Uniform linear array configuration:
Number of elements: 12
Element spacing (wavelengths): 0.75
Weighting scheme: binomial
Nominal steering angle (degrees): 45
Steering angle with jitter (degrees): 46.587
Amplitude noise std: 0.05
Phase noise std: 0.05

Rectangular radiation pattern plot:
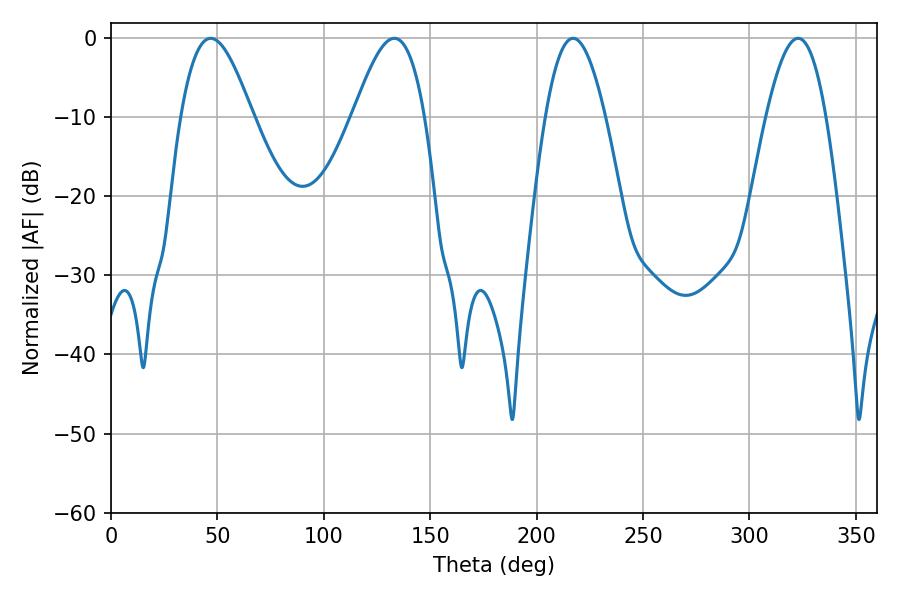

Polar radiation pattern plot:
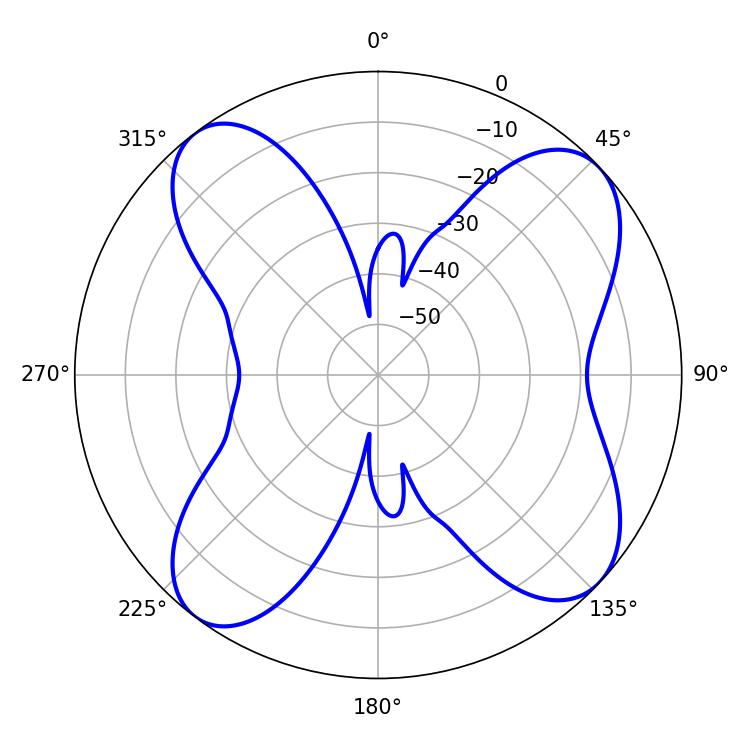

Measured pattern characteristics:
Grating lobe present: TRUE
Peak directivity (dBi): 10.619
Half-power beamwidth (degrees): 18
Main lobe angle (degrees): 46.8